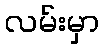
လမ်းမှာ